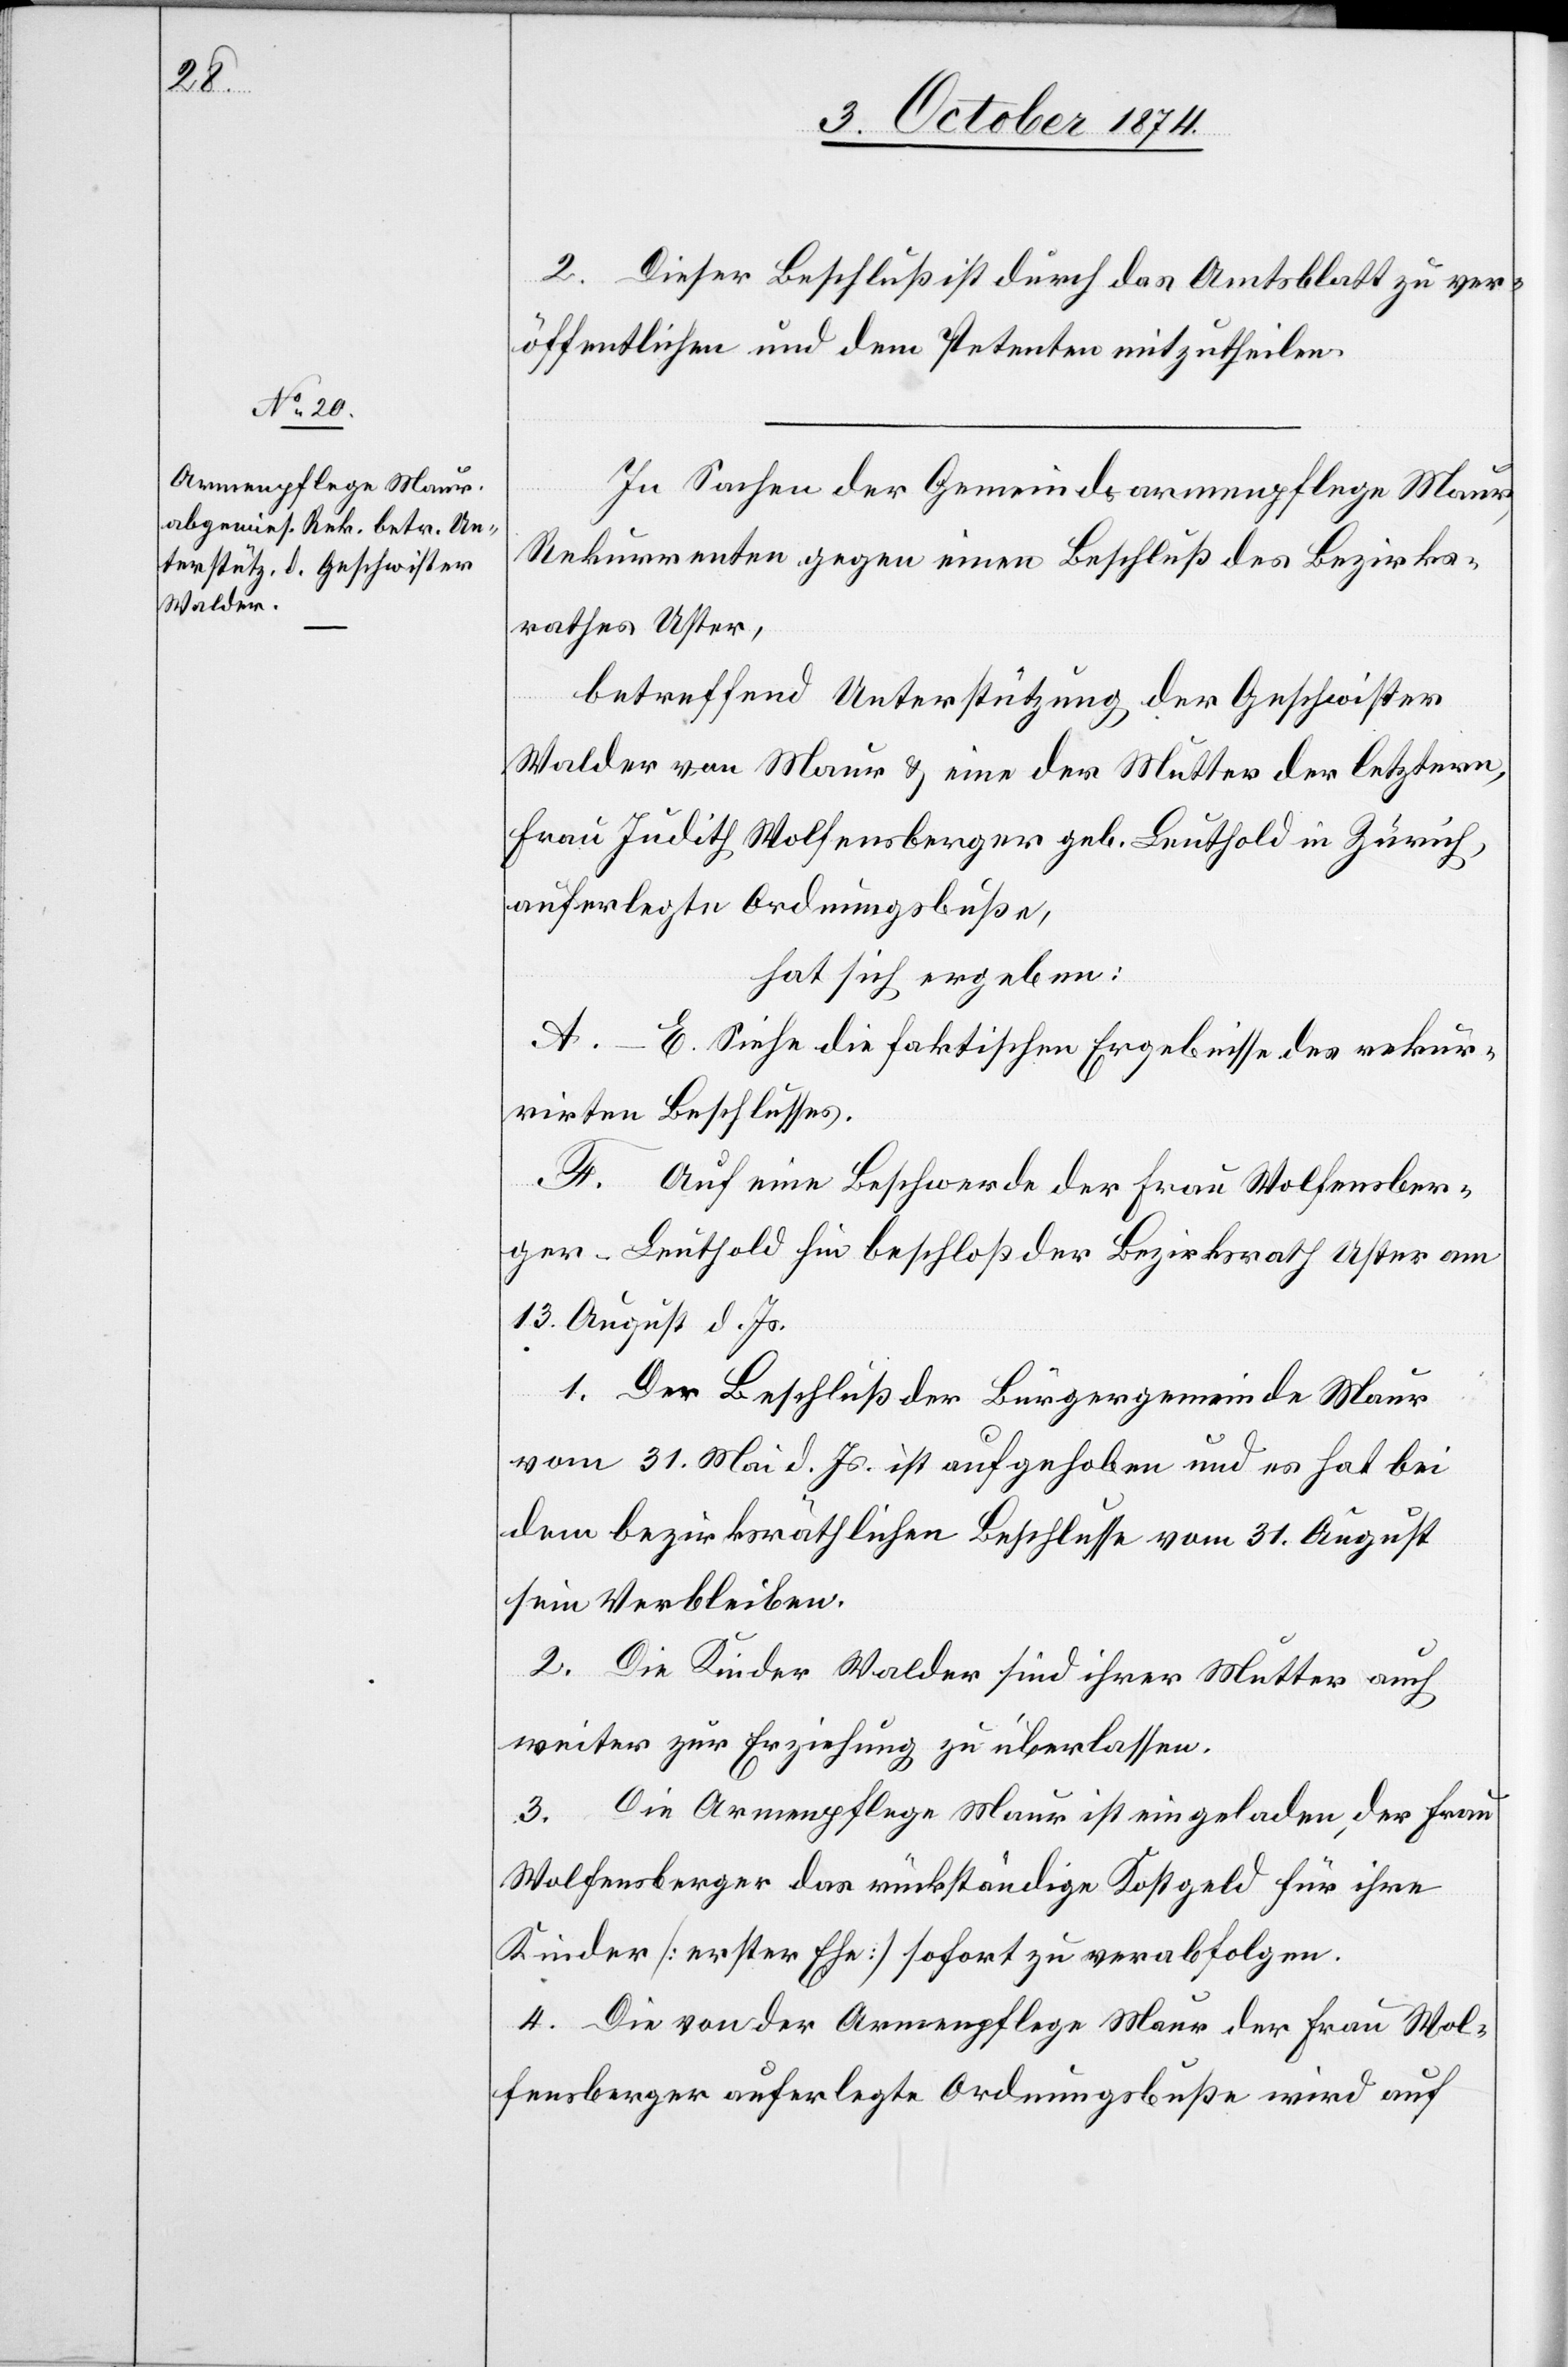
2. Dieser Beschluß ist durch das Amtsblatt zu ver¬
öffentlichen und dem Petenten mitzutheilen.